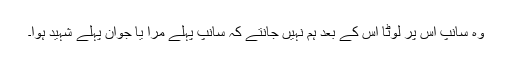
وہ سانپ اس پر لوٹا اس کے بعد ہم نہیں جانتے کہ سانپ پہلے مرا یا جوان پہلے شہید ہوا۔